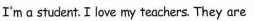
I'mastudent. I love my teachers. They are